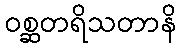
ဝစ္ဆတရိသတာနိ